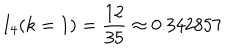
I _ { 4 } ( k = 1 ) = \frac { 1 2 } { 3 5 } \approx 0 . 3 4 2 8 5 7